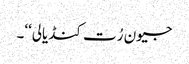
جیون رُت کنڈیالی‘‘۔